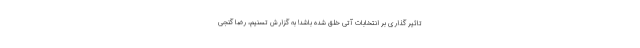
تاثیر گذاری بر انتخابات آتی خلق شده باشد! به گزارش تسنیم، رضا گنجی